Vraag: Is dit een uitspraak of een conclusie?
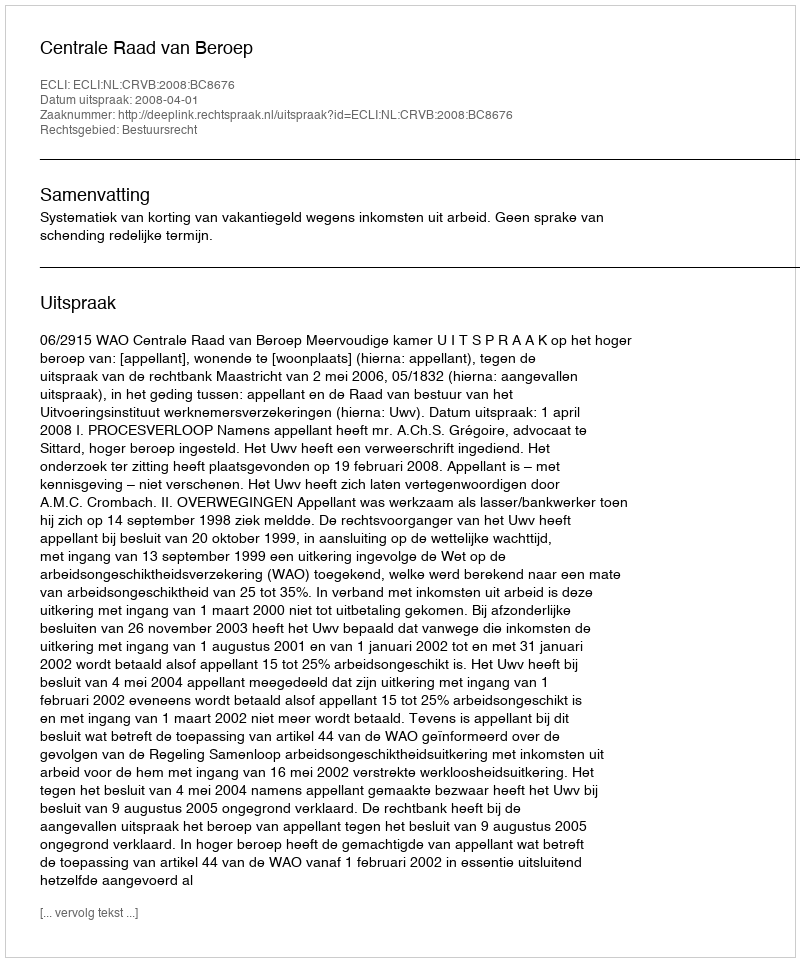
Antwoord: Uitspraak